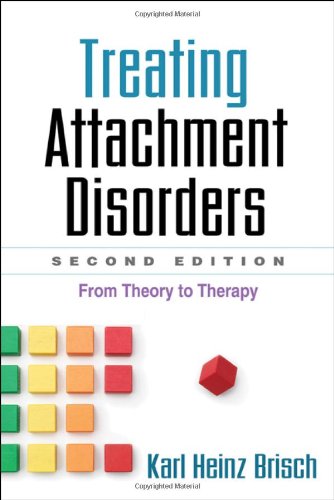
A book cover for Treating Attachment Disorders, Second Edition: From Theory to Therapy; Karl Heinz Brisch MD; Medical Books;